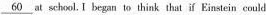
\underline{60} at schol. I began to think that if Einstein could